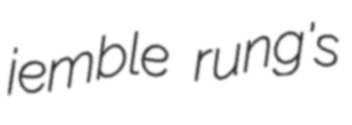
jemble rung's